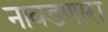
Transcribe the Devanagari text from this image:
नावडणारा